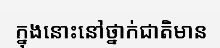
ក្នុងនោះនៅថ្នាក់ជាតិមាន